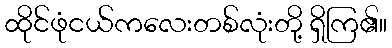
ထိုင်ဖုံငယ်ကလေးတစ်လုံးတို့ ရှိကြ၏။